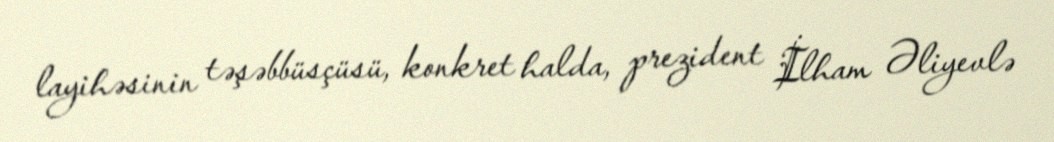
layihəsinin təşəbbüsçüsü, konkret halda, prezident İlham Əliyevlə